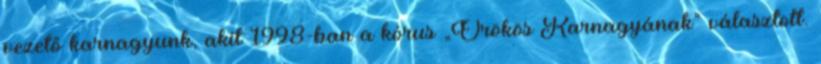
vezető karnagyunk, akit 1998-ban a kórus „Örökös Karnagyának” választott.